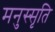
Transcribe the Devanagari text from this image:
मनुस्सृति